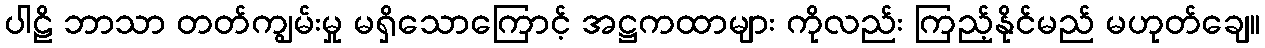
ပါဠိ ဘာသာ တတ်ကျွမ်းမှု မရှိသောကြောင့် အဋ္ဌကထာများ ကိုလည်း ကြည့်နိုင်မည် မဟုတ်ချေ။